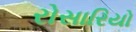
રોસારિયો